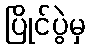
ပြိုင်ပွဲမှ